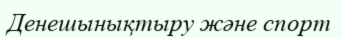
Денешынықтыру және спорт